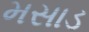
મસાડ